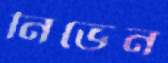
নিভেন